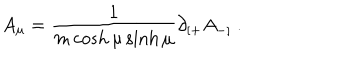
LaTeX: A _ { \mu } = \frac { 1 } { m \cosh \mu \sinh \mu } \partial _ { [ + } A _ { - ] } \ .